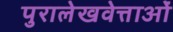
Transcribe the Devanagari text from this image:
पुरालेखवेत्ताओं